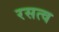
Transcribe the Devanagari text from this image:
रसत्व